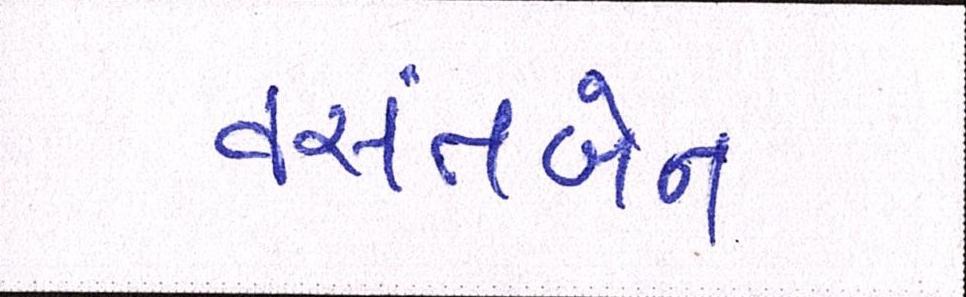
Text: વસંતબેન